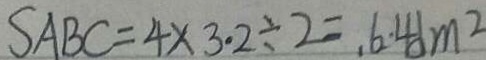
S _ { A B C } = 4 \times 3 . 2 \div 2 = , 6 . 4 d m ^ { 2 }